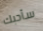
سأحبك